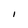
Character: I